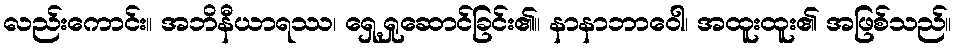
လည်းကောင်း။ အဘိနီယာရဿ၊ ရှေ့ရှုဆောင်ခြင်း၏။ နာနာဘာဝေါ၊ အထူးထူး၏ အဖြစ်သည်။